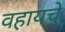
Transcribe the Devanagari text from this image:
वहायचे